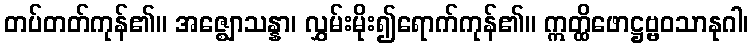
တပ်တတ်ကုန်၏။ အဇ္ဈောသန္နာ၊ လွှမ်းမိုး၍ရောက်ကုန်၏။ ဣတ္ထိဖောဋ္ဌဗ္ဗဝသာနုဂါ၊